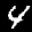
Label: 4